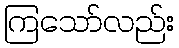
ကြသော်လည်း